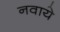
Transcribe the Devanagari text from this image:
नवाये